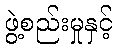
ဖွဲ့စည်းမှုနှင့်